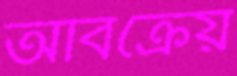
অবিক্রেয়